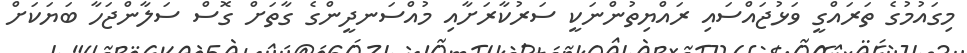
މިގައުމުގެ ތަރައްގީ ވަޅުޖައްސައި ރައްޔިތުންނަކީ ސަރުކާރަށާއި މުއްސަނދީންގެ ގާތަށް ގޮސް ސަލާންޖަހާ ބަޔަކަށް